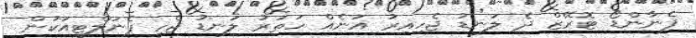
ފެނާންޑޯ ޓޮރޭޒް ދެ ލަނޑު ޖެހިއިރު އަނެއް ހަތަރު ލަނޑު ޖެހީ ޕެނަލްޓީއަކުން